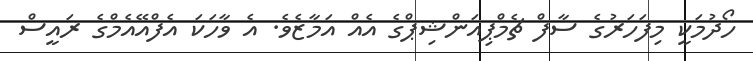
ހޯދުމަކީ މިފަހަރުގެ ސާފް ޗެމްޕިއަންޝިޕްގެ އެއް އަމާޒެވެ. އެ ވާހަކަ އެފްއޭއެމްގެ ރައީސް